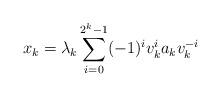
LaTeX: \begin{align*}x_k = \lambda_k\sum\limits_{i=0}^{2^{k}-1} (-1)^i v_k^{i} a_k v_k^{-i}\end{align*}